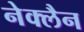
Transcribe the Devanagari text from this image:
नेक्लैन